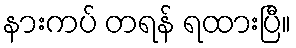
နားကပ် တရန် ရထားပြီ။